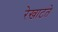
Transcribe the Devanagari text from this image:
रेखाटते